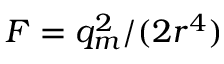
{ \cal F } = q _ { m } ^ { 2 } / ( 2 r ^ { 4 } )